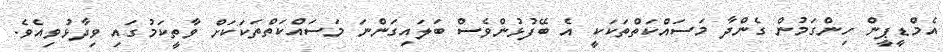
އެމްޑީޕީން ހިންގަމުން ގެންދާ މަސައްކަތްތަކަކީ އެ ބޭފުޅުންވެސް ބަލައިގަންނަ މަސައްކަތްތަކަކަށް ވާތީކަމުގައި ވިދާޅުވިއެވެ.